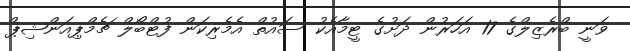
ވަނީ ބްރެޒިލްގެ 17 އަހަރުން ދަށުގެ ޓީމާއެކު ސައުތް އެމެރިކަން ފުޓްބޯލް ޗެމްޕިއަންޝިޕް